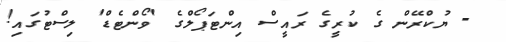
- ޔުކްރޭން ގެ ކުރީގެ ރައީސް އިންޓަޕޯލްގެ 'ވޯންޓެޑް' ލިސްޓުގައި!